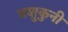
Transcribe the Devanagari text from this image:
यशुकुनी